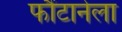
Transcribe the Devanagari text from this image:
फौंटानेला